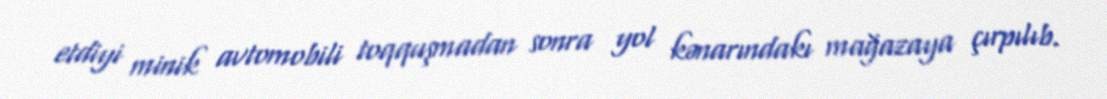
etdiyi minik avtomobili toqquşmadan sonra yol kənarındakı mağazaya çırpılıb.